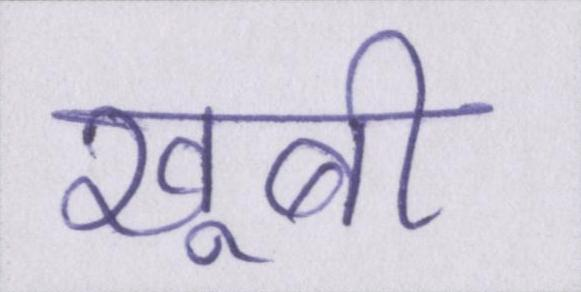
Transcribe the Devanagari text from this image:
खूबी